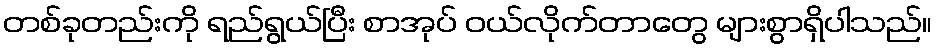
တစ်ခုတည်းကို ရည်ရွယ်ပြီး စာအုပ် ဝယ်လိုက်တာတွေ များစွာရှိပါသည်။